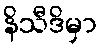
နိသီဒိမှာ